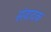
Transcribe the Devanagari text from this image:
संवादक